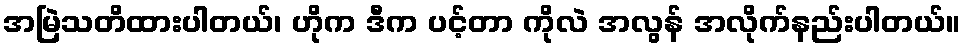
အမြဲသတိထားပါတယ်၊ ဟိုက ဒီက ပင့်တာ ကိုလဲ အလွန် အလိုက်နည်းပါတယ်။